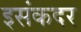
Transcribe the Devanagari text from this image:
इसंकदर